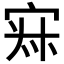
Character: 𡨜